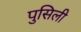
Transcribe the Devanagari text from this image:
पुसिली